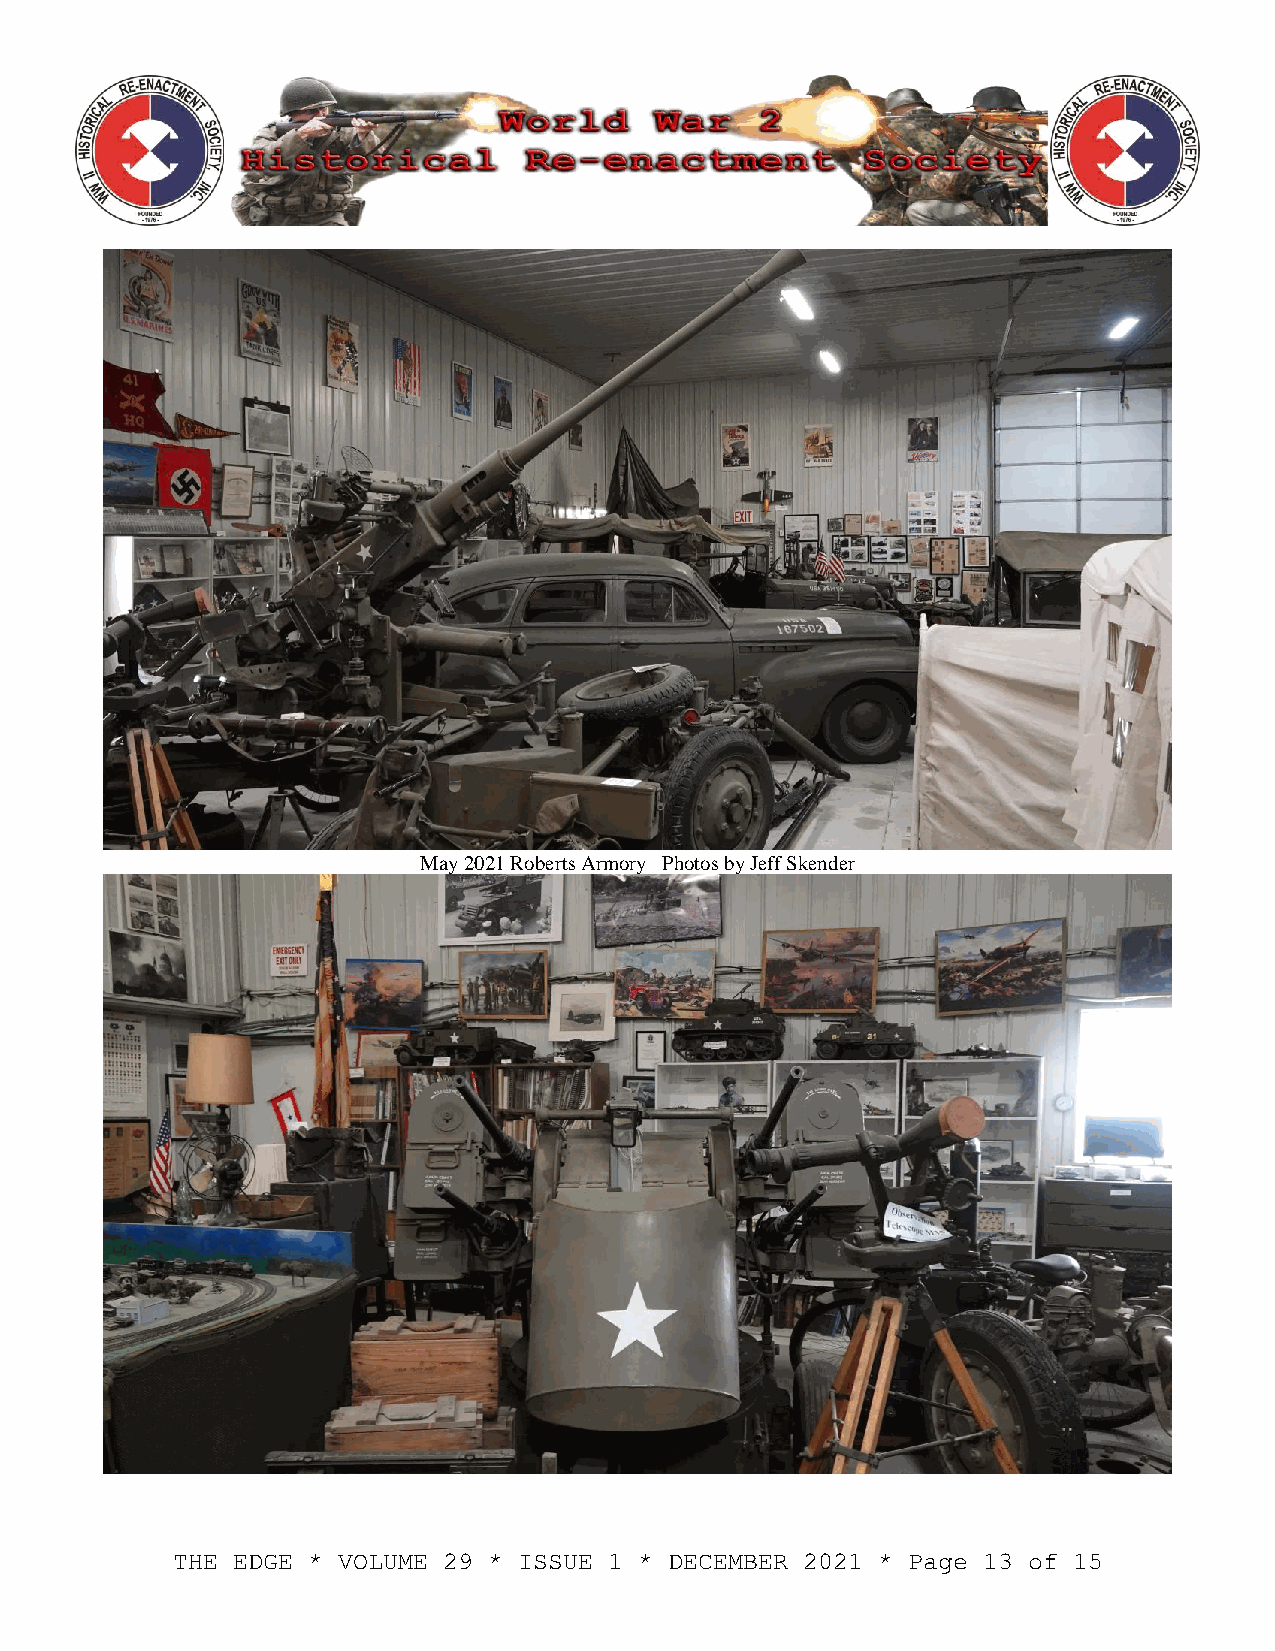
May 2021 Roberts Armory Photos by Jeff Skender
 THE EDGE * VOLUME 29 * ISSUE 1 * DECEMBER 2021 * Page 13 of 15